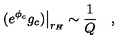
\left. ( e ^ { \phi _ { c } } g _ { c } ) \right| _ { r _ { H } } \sim { \frac { 1 } { Q } } \quad ,